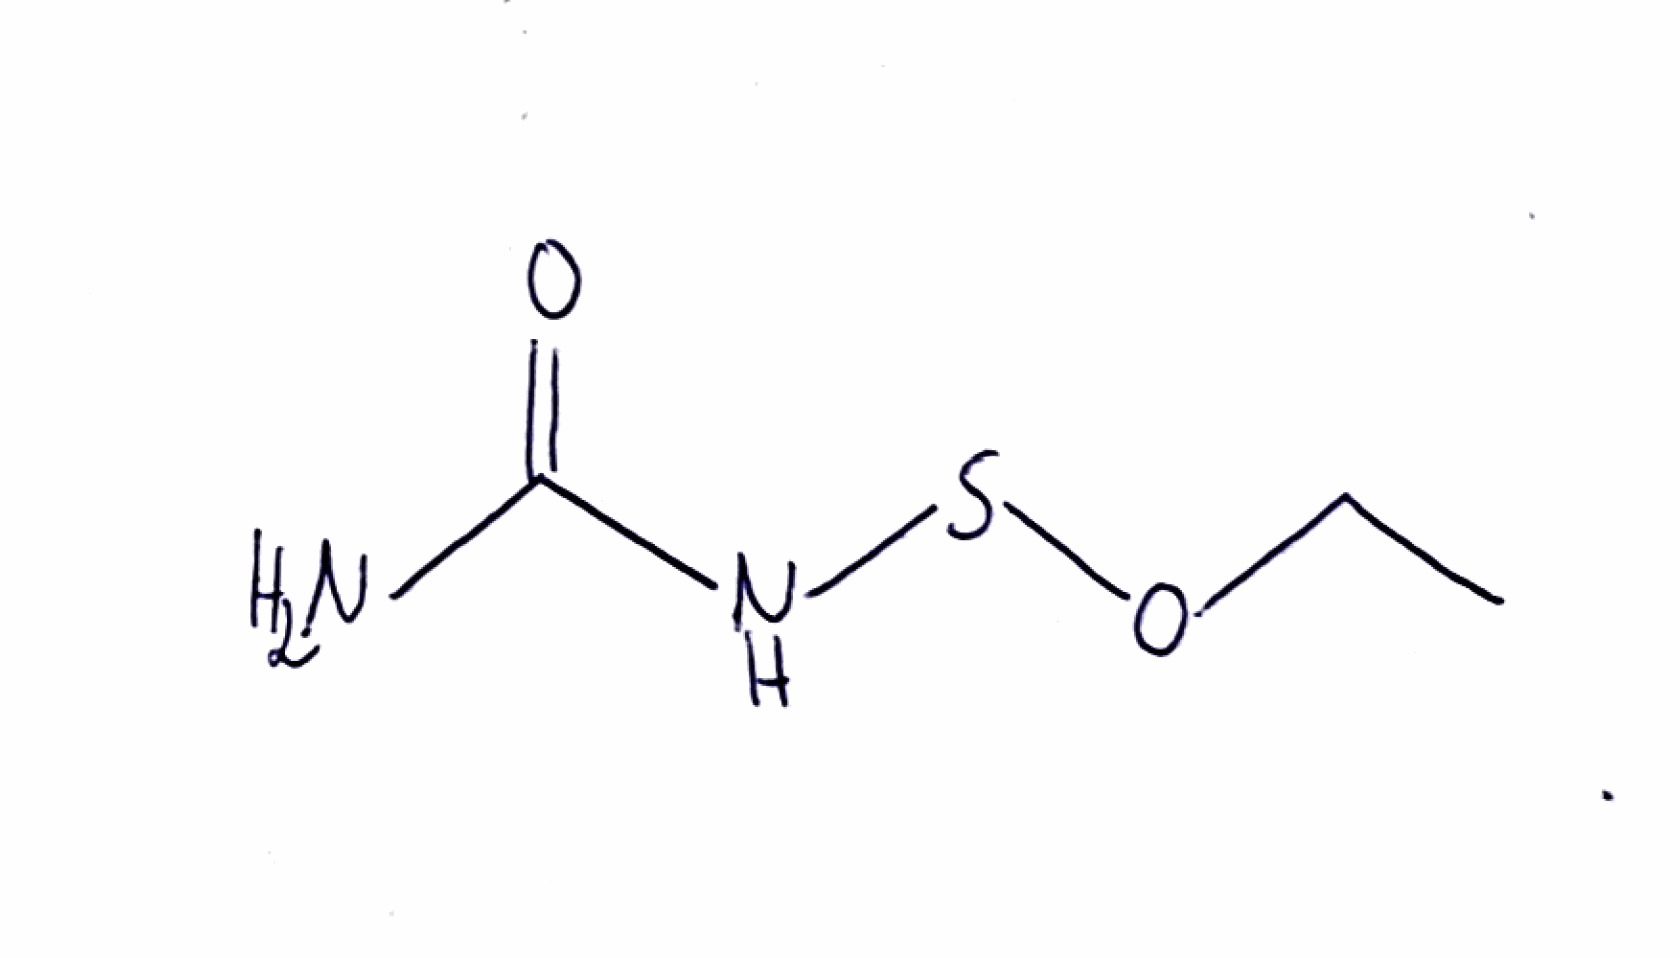
Simplified molecular-input line-entry system (SMILES) notation of the given molecule:
CCOSNC(=O)N